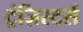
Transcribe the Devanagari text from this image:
ट्रंज़िस्टर्स